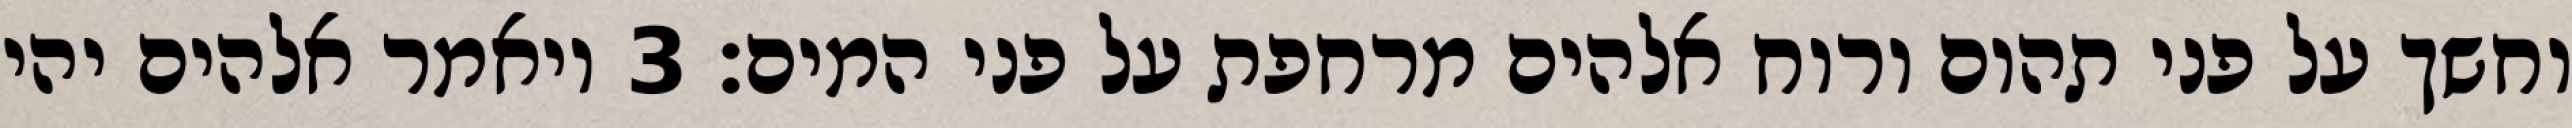
וחשך על פני תהום ורוח אלהים מרחפת על פני המים׃ ‎3‏ ויאמר אלהים יהי